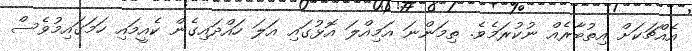
އެއްޗަކަށް އިތުބާރެއް ނުކުރަމެވެ. ތިމަންނަ އަމިއްލަ އޮޅުގައި އަލަ ހައްދައިގެން ކެއީމައި ހަމަގައިމުވެސް